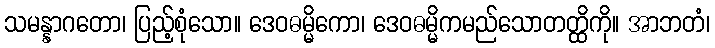
သမန္နာဂတော၊ ပြည့်စုံသော။ ဒေဝဓမ္မိကော၊ ဒေဝဓမ္မိကမည်သောတတ္ထိကို။ အာဘတံ၊